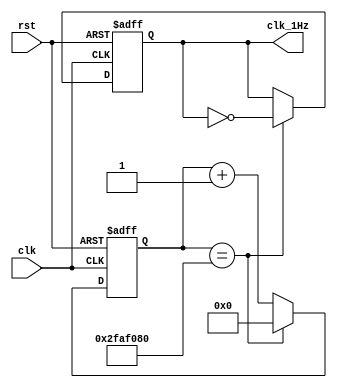
`timescale 1ns / 1ps
//////////////////////////////////////////////////////////////////////////////////
// Company: 
// Engineer: 
// 
// Design Name: 
// Module Name: clk_1Hz
// Project Name: 
// Target Devices: 
// Tool Versions: 
// Description: 
// 
// Dependencies: 
// 
// Revision:
// Revision 0.01 - File Created
// Additional Comments:
// 
//////////////////////////////////////////////////////////////////////////////////


module clk_1Hz(clk,rst,clk_1Hz);
    input clk;
    input rst;
    output reg clk_1Hz ;
    reg [26:0] cnt;
    always @( posedge clk or posedge rst)begin
        if(rst) begin
            cnt <= 27'b0;
            clk_1Hz <= 1'b0;
        end
        else begin
            cnt <= cnt + 1'b1;
            if(cnt == 27'd5000_0000) begin
                cnt <= 0;
                clk_1Hz <= ~clk_1Hz;
            end
        end
    end                 
endmodule